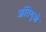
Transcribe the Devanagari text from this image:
आंतिगुओ